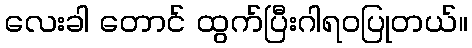
လေးခါ တောင် ထွက်ပြီးဂါရဝပြုတယ်။